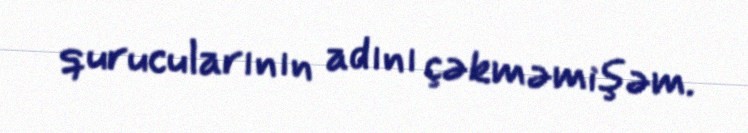
qurucularının adını çəkməmişəm.